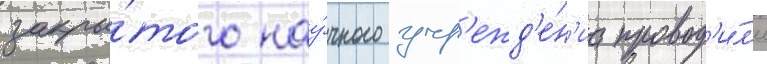
закры́того нау́чного учр'ежд'е́н'иа провод'и́л'и